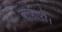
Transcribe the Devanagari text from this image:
बाजारों।